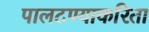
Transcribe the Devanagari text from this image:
पालटण्याकरिता